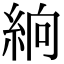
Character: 𥿧